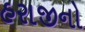
હરાજીનો